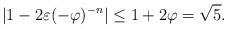
LaTeX: \begin{align*}|1-2\varepsilon(-\varphi)^{-n}| \leq 1+2\varphi = \sqrt{5}.\end{align*}